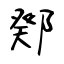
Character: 鄈